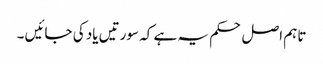
تاہم اصل حکم یہ ہے کہ سورتیں یاد کی جائیں ۔